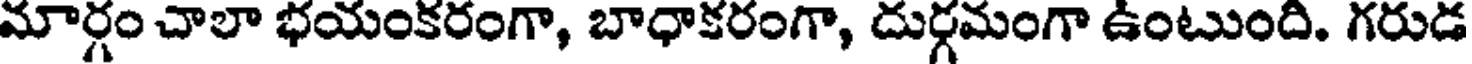
మార్గం చాలా భయంకరంగా, బాధాకరంగా, దుర్గమంగా ఉంటుంది. గరుడ